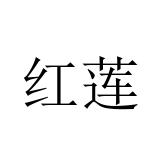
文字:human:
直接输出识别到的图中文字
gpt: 红莲